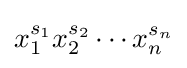
x_{1}^{s_{1}}x_{2}^{s_{2}}\cdots x_{n}^{s_{n}}